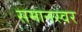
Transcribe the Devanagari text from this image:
समानस्वर